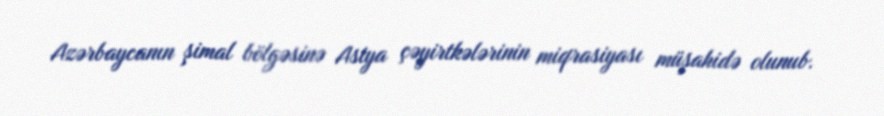
Azərbaycanın şimal bölgəsinə Asiya çəyirtkələrinin miqrasiyası müşahidə olunub.